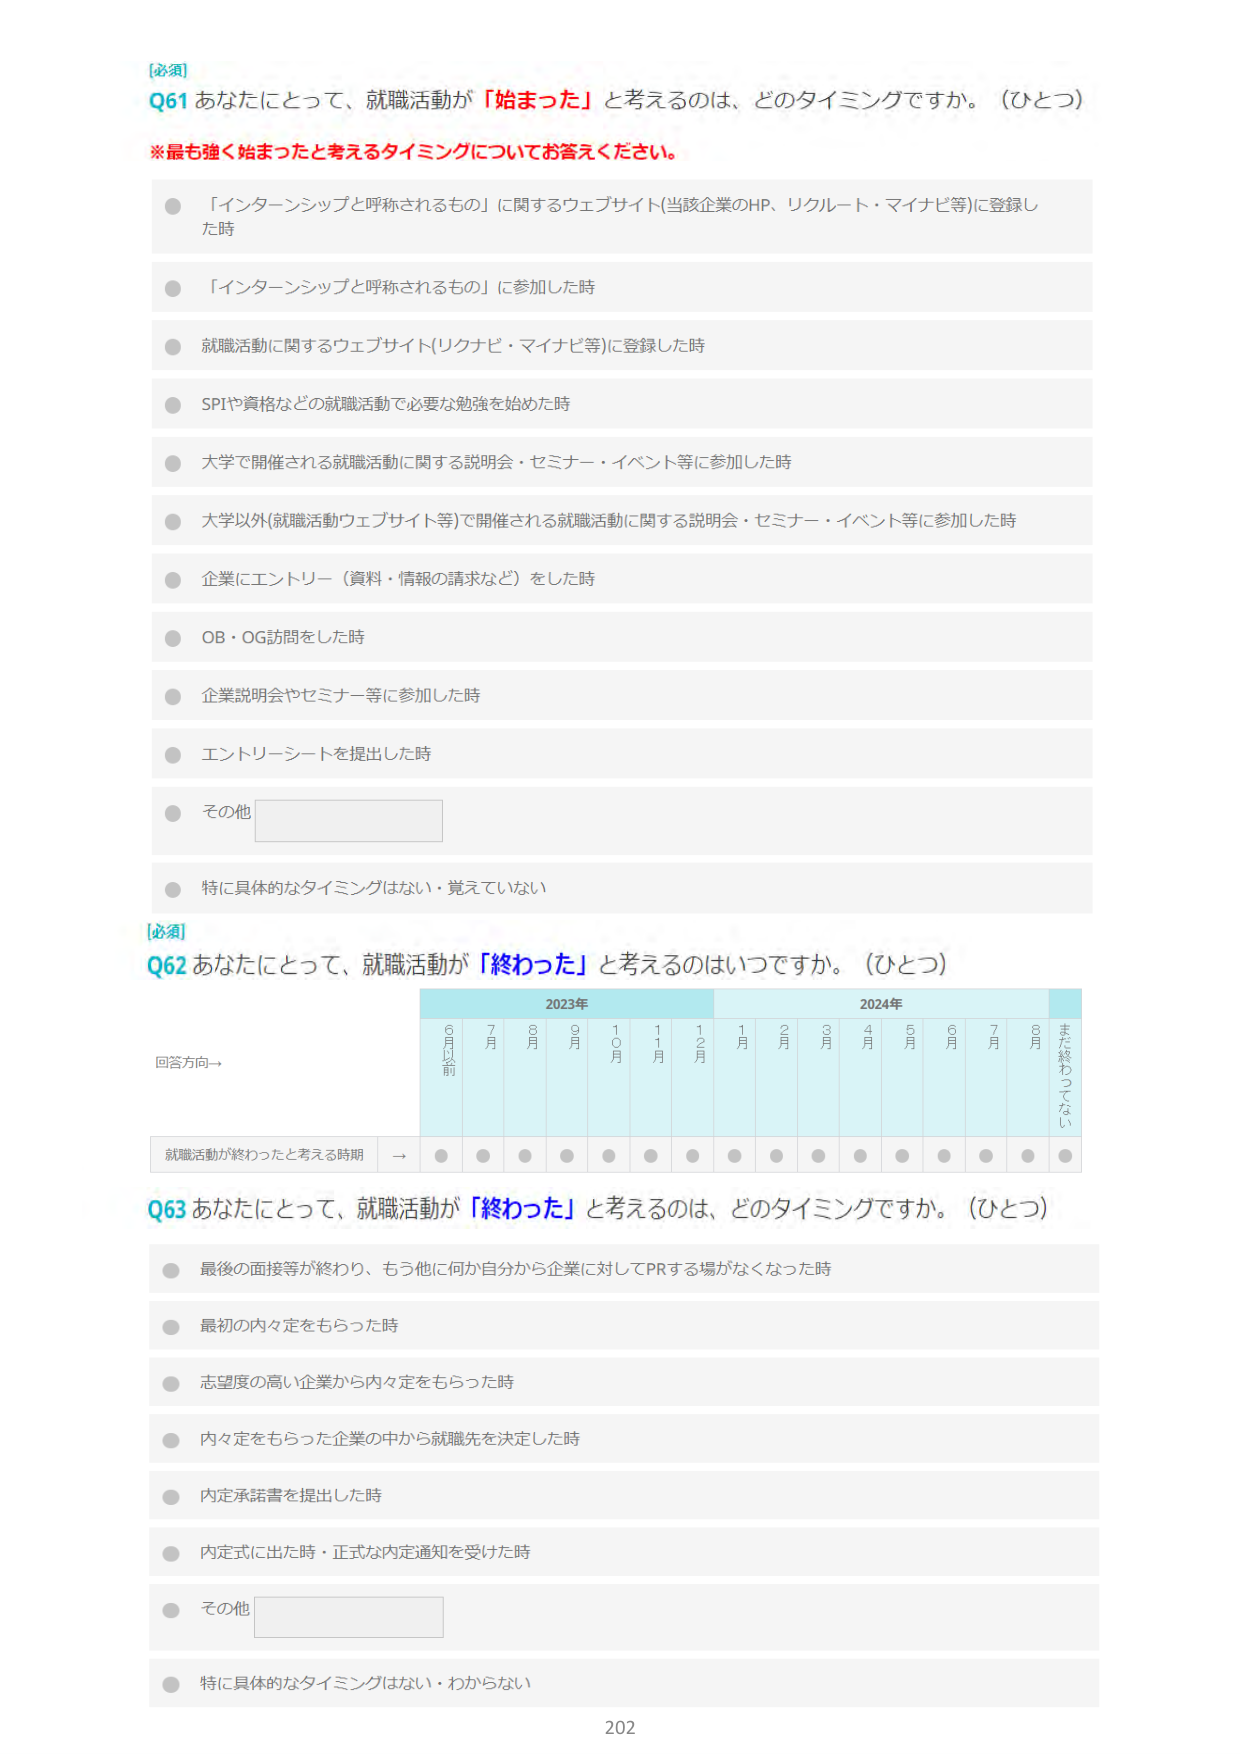
[必須]
Q61 あなたにとって、就職活動が「始まった」と考えるのは、どのタイミングですか。（ひとつ）
※最も強く始まったと考えるタイミングについてお答えください。
● 「インターンシップと呼称されるもの」に関するウェブサイト（当該企業のHP、リクルート・マイナビ等）に登録した時
● 「インターンシップと呼称されるもの」に参加した時
● 就職活動に関するウェブサイト（リクナビ・マイナビ等）に登録した時
● SPIや資格などの就職活動で必要な勉強を始めた時
● 大学で開催される就職活動に関する説明会・セミナー・イベント等に参加した時
● 大学以外（就職活動ウェブサイト等）で開催される就職活動に関する説明会・セミナー・イベント等に参加した時
● 企業にエントリー（資料・情報の請求など）をした時
● OB・OG訪問をした時
● 企業説明会やセミナー等に参加した時
● エントリーシートを提出した時
● その他
● 特に具体的なタイミングはない・覚えていない

[必須]
Q62 あなたにとって、就職活動が「終わった」と考えるのはいつですか。（ひとつ）
回答方向→
2023年 2024年
6月以前 7月 8月 9月 10月 11月 12月 1月 2月 3月 4月 5月 6月 7月 8月 まだ終わってない
就職活動が終わったと考える時期 → ● ● ● ● ● ● ● ● ● ● ● ● ● ● ● ●

Q63 あなたにとって、就職活動が「終わった」と考えるのは、どのタイミングですか。（ひとつ）
● 最後の面接等が終わり、もう他に何か自分から企業に対してPRする場がなくなった時
● 最初の内々定をもらった時
● 志望度の高い企業から内々定をもらった時
● 内々定をもらった企業の中から就職先を決定した時
● 内定承諾書を提出した時
● 内定式に出た時・正式な内定通知を受けた時
● その他
● 特に具体的なタイミングはない・わからない

202